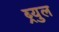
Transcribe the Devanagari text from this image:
ब्र्युल